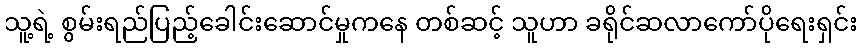
သူ့ရဲ့ စွမ်းရည်ပြည့်ခေါင်းဆောင်မှုကနေ တစ်ဆင့် သူဟာ ခရိုင်ဆလာကော်ပိုရေးရှင်း